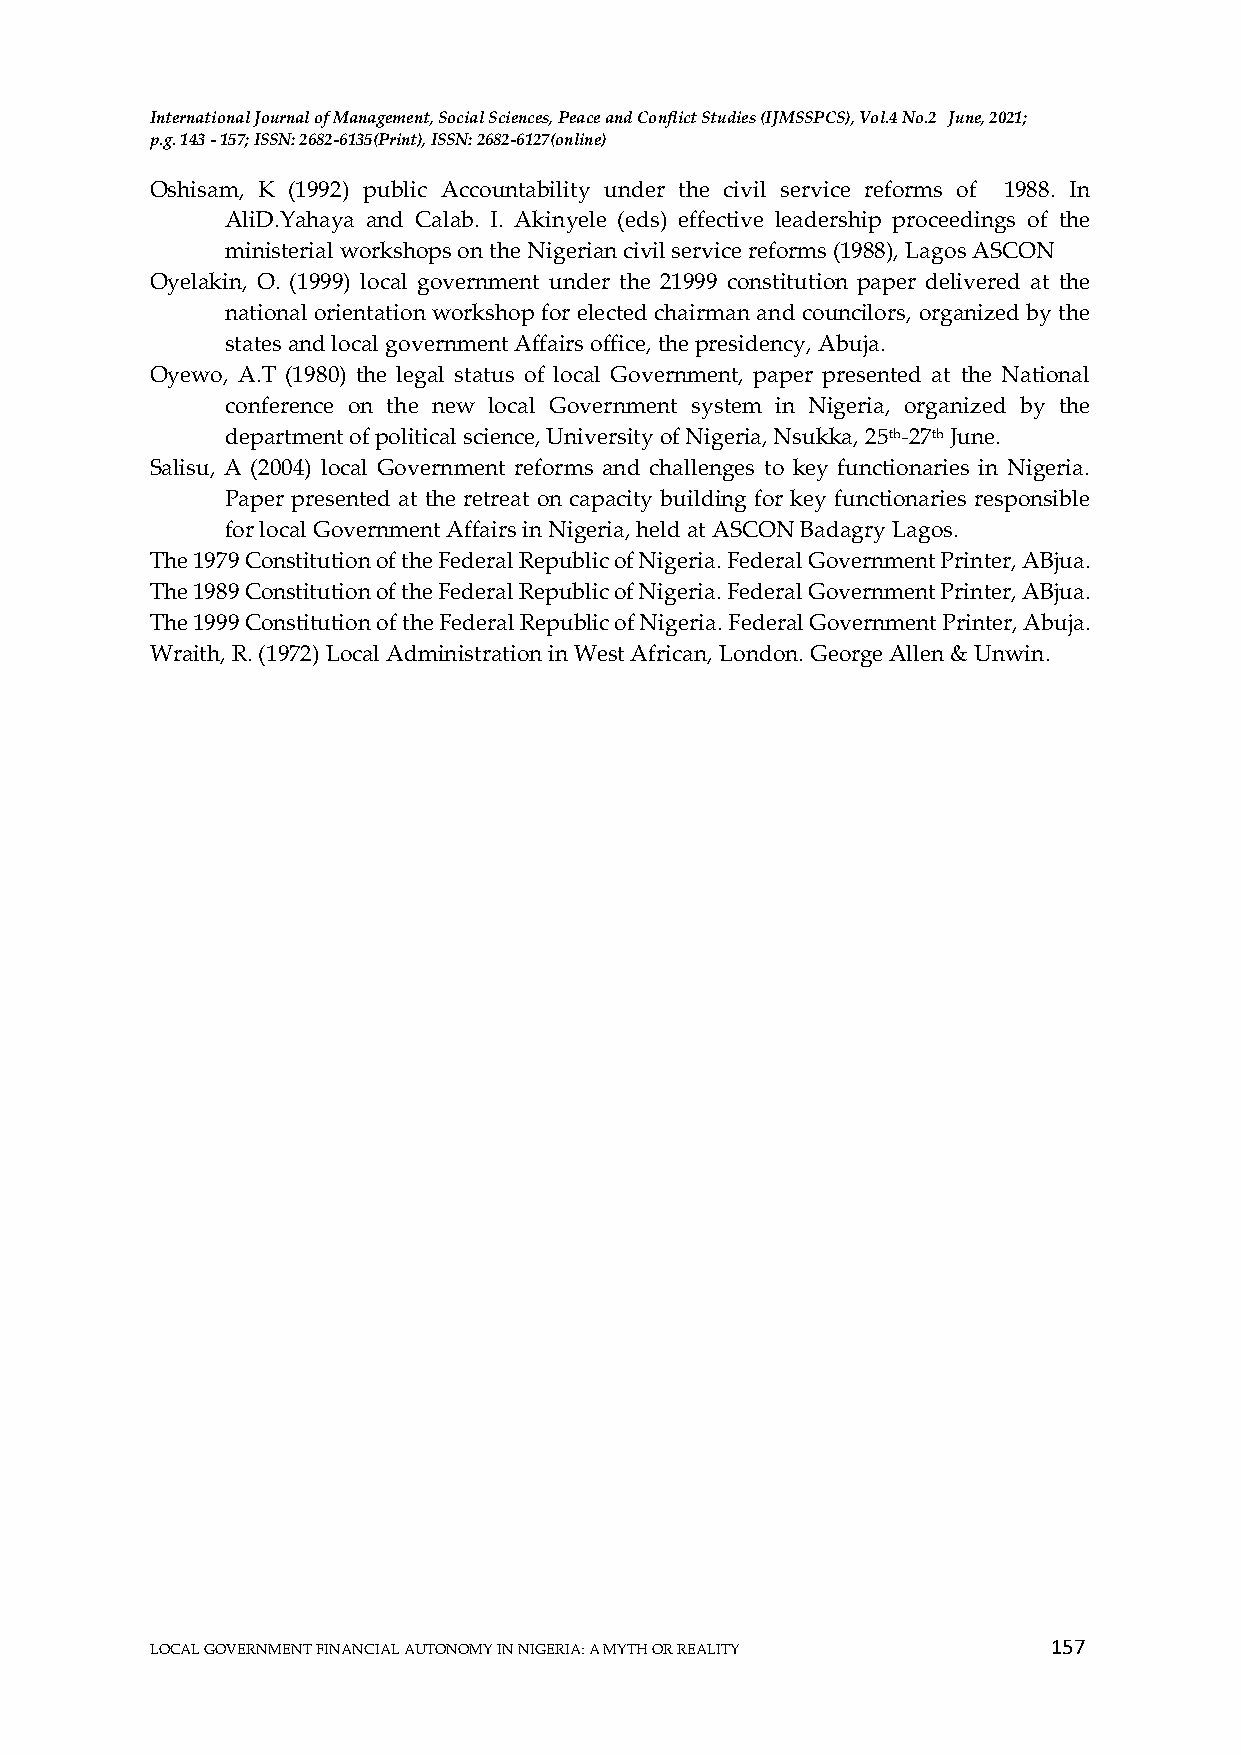
International Journal of Management, Social Sciences, Peace and Conflict Studies (IJMSSPCS), Vol.4 No.2 June, 2021;
 p.g. 143 - 157; ISSN: 2682-6135(Print), ISSN: 2682-6127(online)
 Oshisam, K (1992) public Accountability under the civil service reforms of 1988. In
 AliD.Yahaya and Calab. I. Akinyele (eds) effective leadership proceedings of the
 ministerial workshops on the Nigerian civil service reforms (1988), Lagos ASCON
 Oyelakin, O. (1999) local government under the 21999 constitution paper delivered at the
 national orientation workshop for elected chairman and councilors, organized by the
 states and local government Affairs office, the presidency, Abuja.
 Oyewo, A.T (1980) the legal status of local Government, paper presented at the National
 conference on the new local Government system in Nigeria, organized by the
 department of political science, University of Nigeria, Nsukka, 25th-27th June.
 Salisu, A (2004) local Government reforms and challenges to key functionaries in Nigeria.
 Paper presented at the retreat on capacity building for key functionaries responsible
 for local Government Affairs in Nigeria, held at ASCON Badagry Lagos.
 The 1979 Constitution of the Federal Republic of Nigeria. Federal Government Printer, ABjua.
 The 1989 Constitution of the Federal Republic of Nigeria. Federal Government Printer, ABjua.
 The 1999 Constitution of the Federal Republic of Nigeria. Federal Government Printer, Abuja.
 Wraith, R. (1972) Local Administration in West African, London. George Allen & Unwin.
 157
 LOCAL GOVERNMENT FINANCIAL AUTONOMY IN NIGERIA: A MYTH OR REALITY